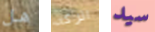
هل اتركه سيد